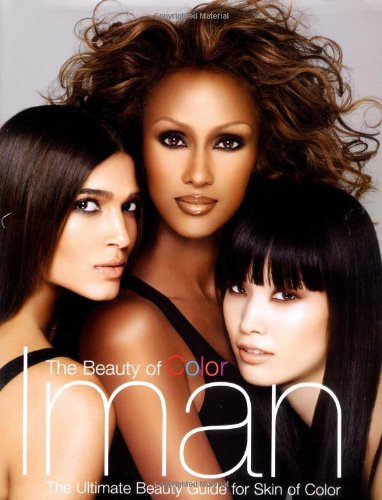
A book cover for The Beauty of Color; Iman; Arts & Photography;